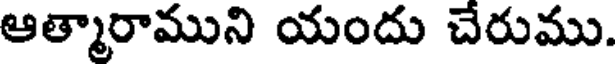
ఆత్మారాముని యందు చేరుము.